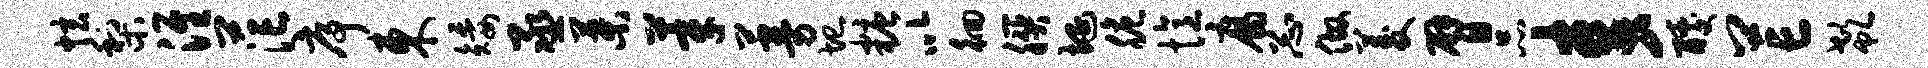
炫梨淮茫序东矮丞叶莘蔓圮糖以徊朕埏脆忆腐忐做菱臂品麦醵芒欷